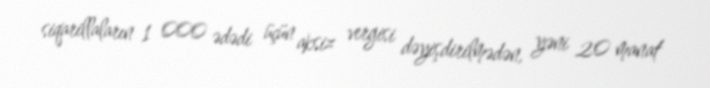
siqarillaların 1 000 ədədi üçün aksiz vergisi dəyişdirilmədən, yəni 20 manat